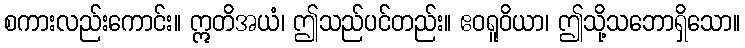
စကားလည်းကောင်း။ ဣတိအယံ၊ ဤသည်ပင်တည်း။ ဧဝရူဝိယာ၊ ဤသို့သဘောရှိသော။